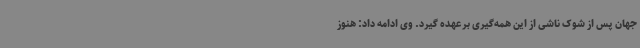
جهان پس از شوک ناشی از این همه‌گیری برعهده گیرد. وی ادامه داد: هنوز